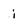
Character: i